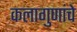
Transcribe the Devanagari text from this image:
कलागुणांचे